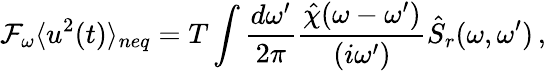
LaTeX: \mathcal{F}_{\omega}\langle u^{2}(t)\rangle_{neq}=T\int\frac{d\omega^{\prime}}{2\pi}\frac{\hat{\chi}(\omega-\omega^{\prime})}{(i\omega^{\prime})}\hat{S}_{r}(\omega,\omega^{\prime})\, ,